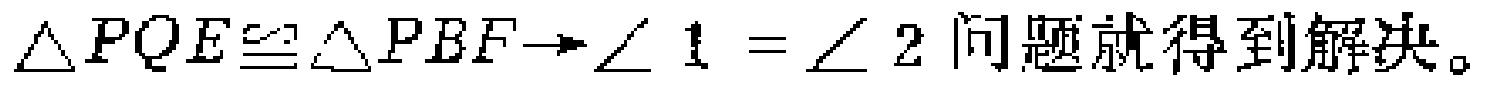
$\triangle PQE\cong\triangle PBF \rightarrow \angle 1=\angle 2\text{问题就得到解决。}$